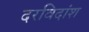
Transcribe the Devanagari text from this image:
दरविदांश